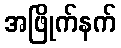
အဖြိုက်နက်